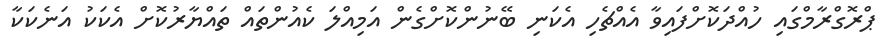
ޕްރޮގްރާމްގައި ހުއްދަކޮށްފައިވާ އެއްޗެހި އެކަނި ބޭނުންކޮށްގެން އަމިއްލަ ކެއުންތައް ތައްޔާރުކޮށް އެކަކު އަނެކަކާ